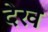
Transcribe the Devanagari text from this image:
देख्‍ा